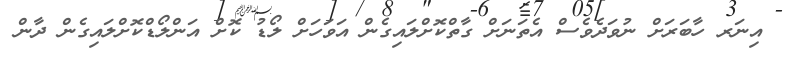
އިނަރ ހާބަރަށް ނުވަދެވެސް އެތަނަށް ގާތްކޮށްލައިގެން އަވަހަށް ލޯޑު ކޮށް އަންލޯޑްކޮށްލައިގެން ދާން